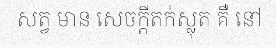
សត្វ មាន សេចក្តីតក់ស្លុត គឺ នៅ